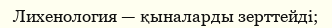
Лихенология — қыналарды зерттейді;